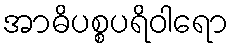
အာဓိပစ္စပရိဝါရော